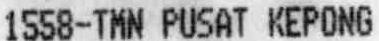
1558-TMN PUSAT KEPONG